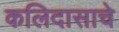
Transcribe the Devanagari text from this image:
कलिदासाचे